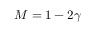
M = 1 - 2 \gamma